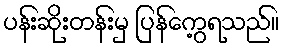
ပန်းဆိုးတန်းမှ ပြန်ကွေ့ရသည်။